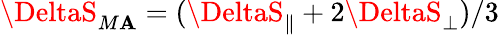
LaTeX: \DeltaS_{M\mathbf{A}}=(\DeltaS_{\parallel}+2\DeltaS_{\perp})/3